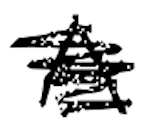
Text: A
Cross-out: mix
Writing tool: digital_black